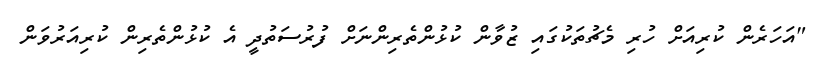
"އަހަރެން ކުރިއަށް ހުރި މެޗުތަކުގައި ޒުވާން ކުޅުންތެރިންނަށް ފުރުސަތުދީ އެ ކުޅުންތެރިން ކުރިއަރުވަން